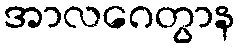
အာလဂေတွာန